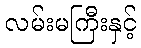
လမ်းမကြီးနှင့်